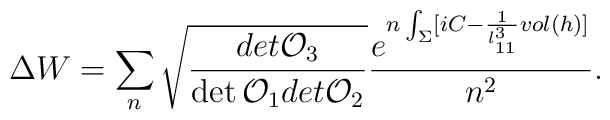
\Delta W=\sum_n\sqrt{{det{\cal O}_3\over\det{\cal O}_1det{\cal O}_2}}{e^{n\int_\Sigma[iC-{1\over l_{11}^3} vol(h)]}\over n^2}.